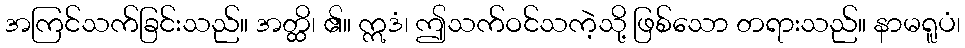
အကြင်သက်ခြင်းသည်။ အတ္ထိ၊ ၏။ ဣဒံ၊ ဤသက်ဝင်သကဲ့သို့ ဖြစ်သော တရားသည်။ နာမရူပံ၊